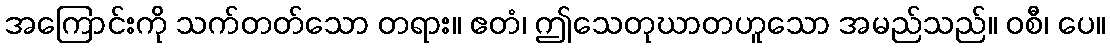
အကြောင်းကို သက်တတ်သော တရား။ ဧတံ၊ ဤသေတုဃာတဟူသော အမည်သည်။ ဝစီ၊ ပေ။